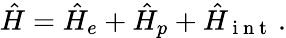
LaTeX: \hat{H}=\hat{H}_{e}+\hat{H}_{p}+\hat{H}_{\mathrm{~i~n~t~}}\, .